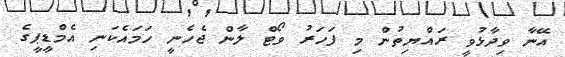
އޭނާ ވިދާޅުވީ ރައްޔިތުން މި ފަހަރު ވޯޓް ލާން ޖެހެނީ ހަމައެކަނި އެމްޑީޕީގެ